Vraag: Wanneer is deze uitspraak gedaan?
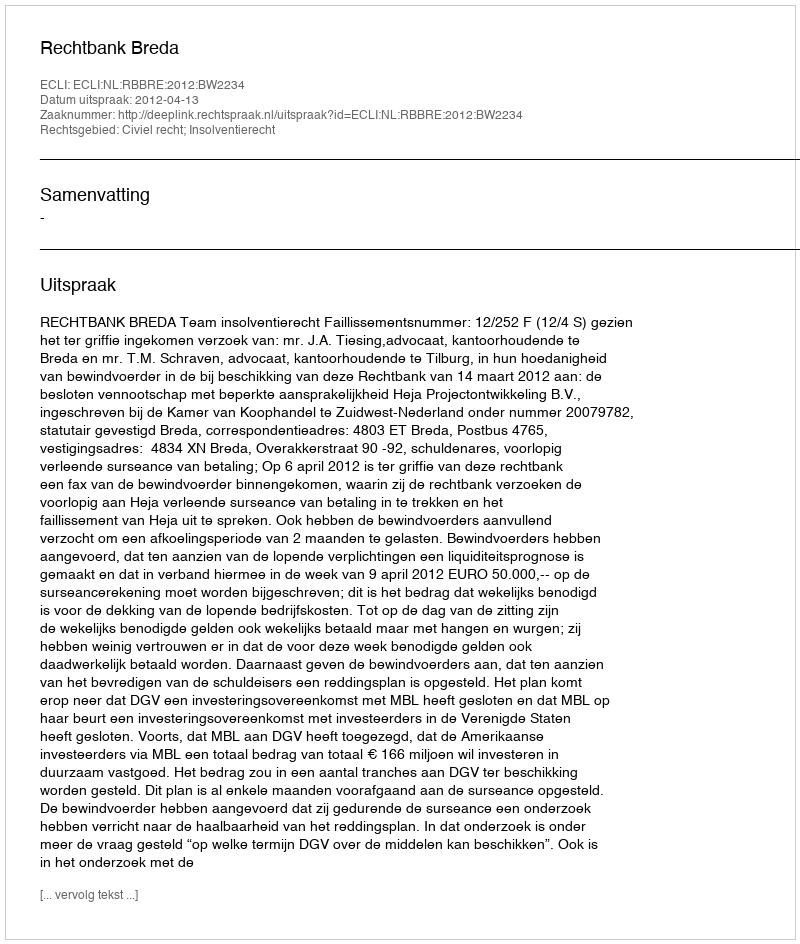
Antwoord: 2012-04-13